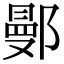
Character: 鄤